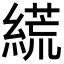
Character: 𦃑